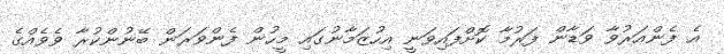
އެ ފެންއަރުވާ ވަޑާން ފަރުމާ ކޮށްފައިވަނީ އިހުޒަމާނުގައި މީހުން ފެންވަރަން ބޭނުންކުރާ ވެވެއްގެ